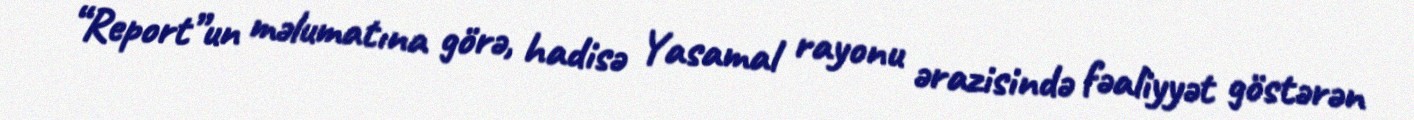
“Report”un məlumatına görə, hadisə Yasamal rayonu ərazisində fəaliyyət göstərən